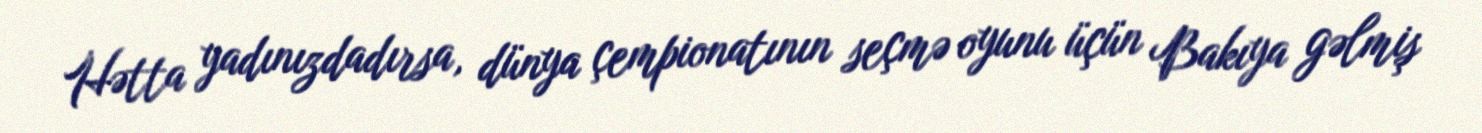
Hətta yadınızdadırsa, dünya çempionatının seçmə oyunu üçün Bakıya gəlmiş